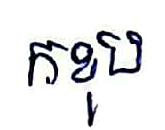
កខុប